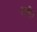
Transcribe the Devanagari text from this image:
तणीर